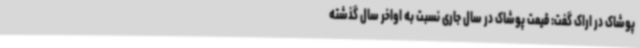
پوشاک در اراک گفت: قیمت پوشاک در سال جاری نسبت به اواخر سال گذشته